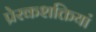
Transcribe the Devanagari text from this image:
प्रेरकशक्तियां